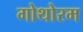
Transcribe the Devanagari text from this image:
गोथोरम